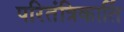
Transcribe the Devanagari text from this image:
परितंत्रिकार्ति